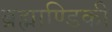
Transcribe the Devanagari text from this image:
ब्रह्माण्डिकी